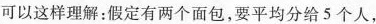
可以这样理解：假定有两个面包，要平均分给5个人，